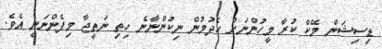
ޑިސިޝަން މޭކް ކުރާ މީހުންނަށް ހެދުމުން ނިކުންނާނެ ހިތި ނަތީޖާ މިފެންނަނީ އެވެ.